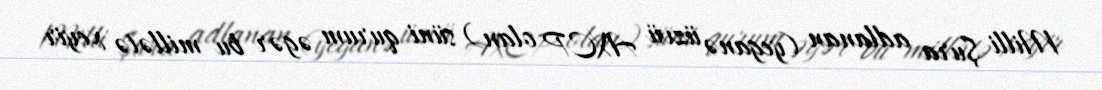
Milli Şura adlanan (yeganə üzvü AXCP olan) süni qurum əgər bu millətə xeyir